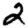
Digit: 2